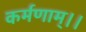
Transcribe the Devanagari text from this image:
कर्मणाम्।।